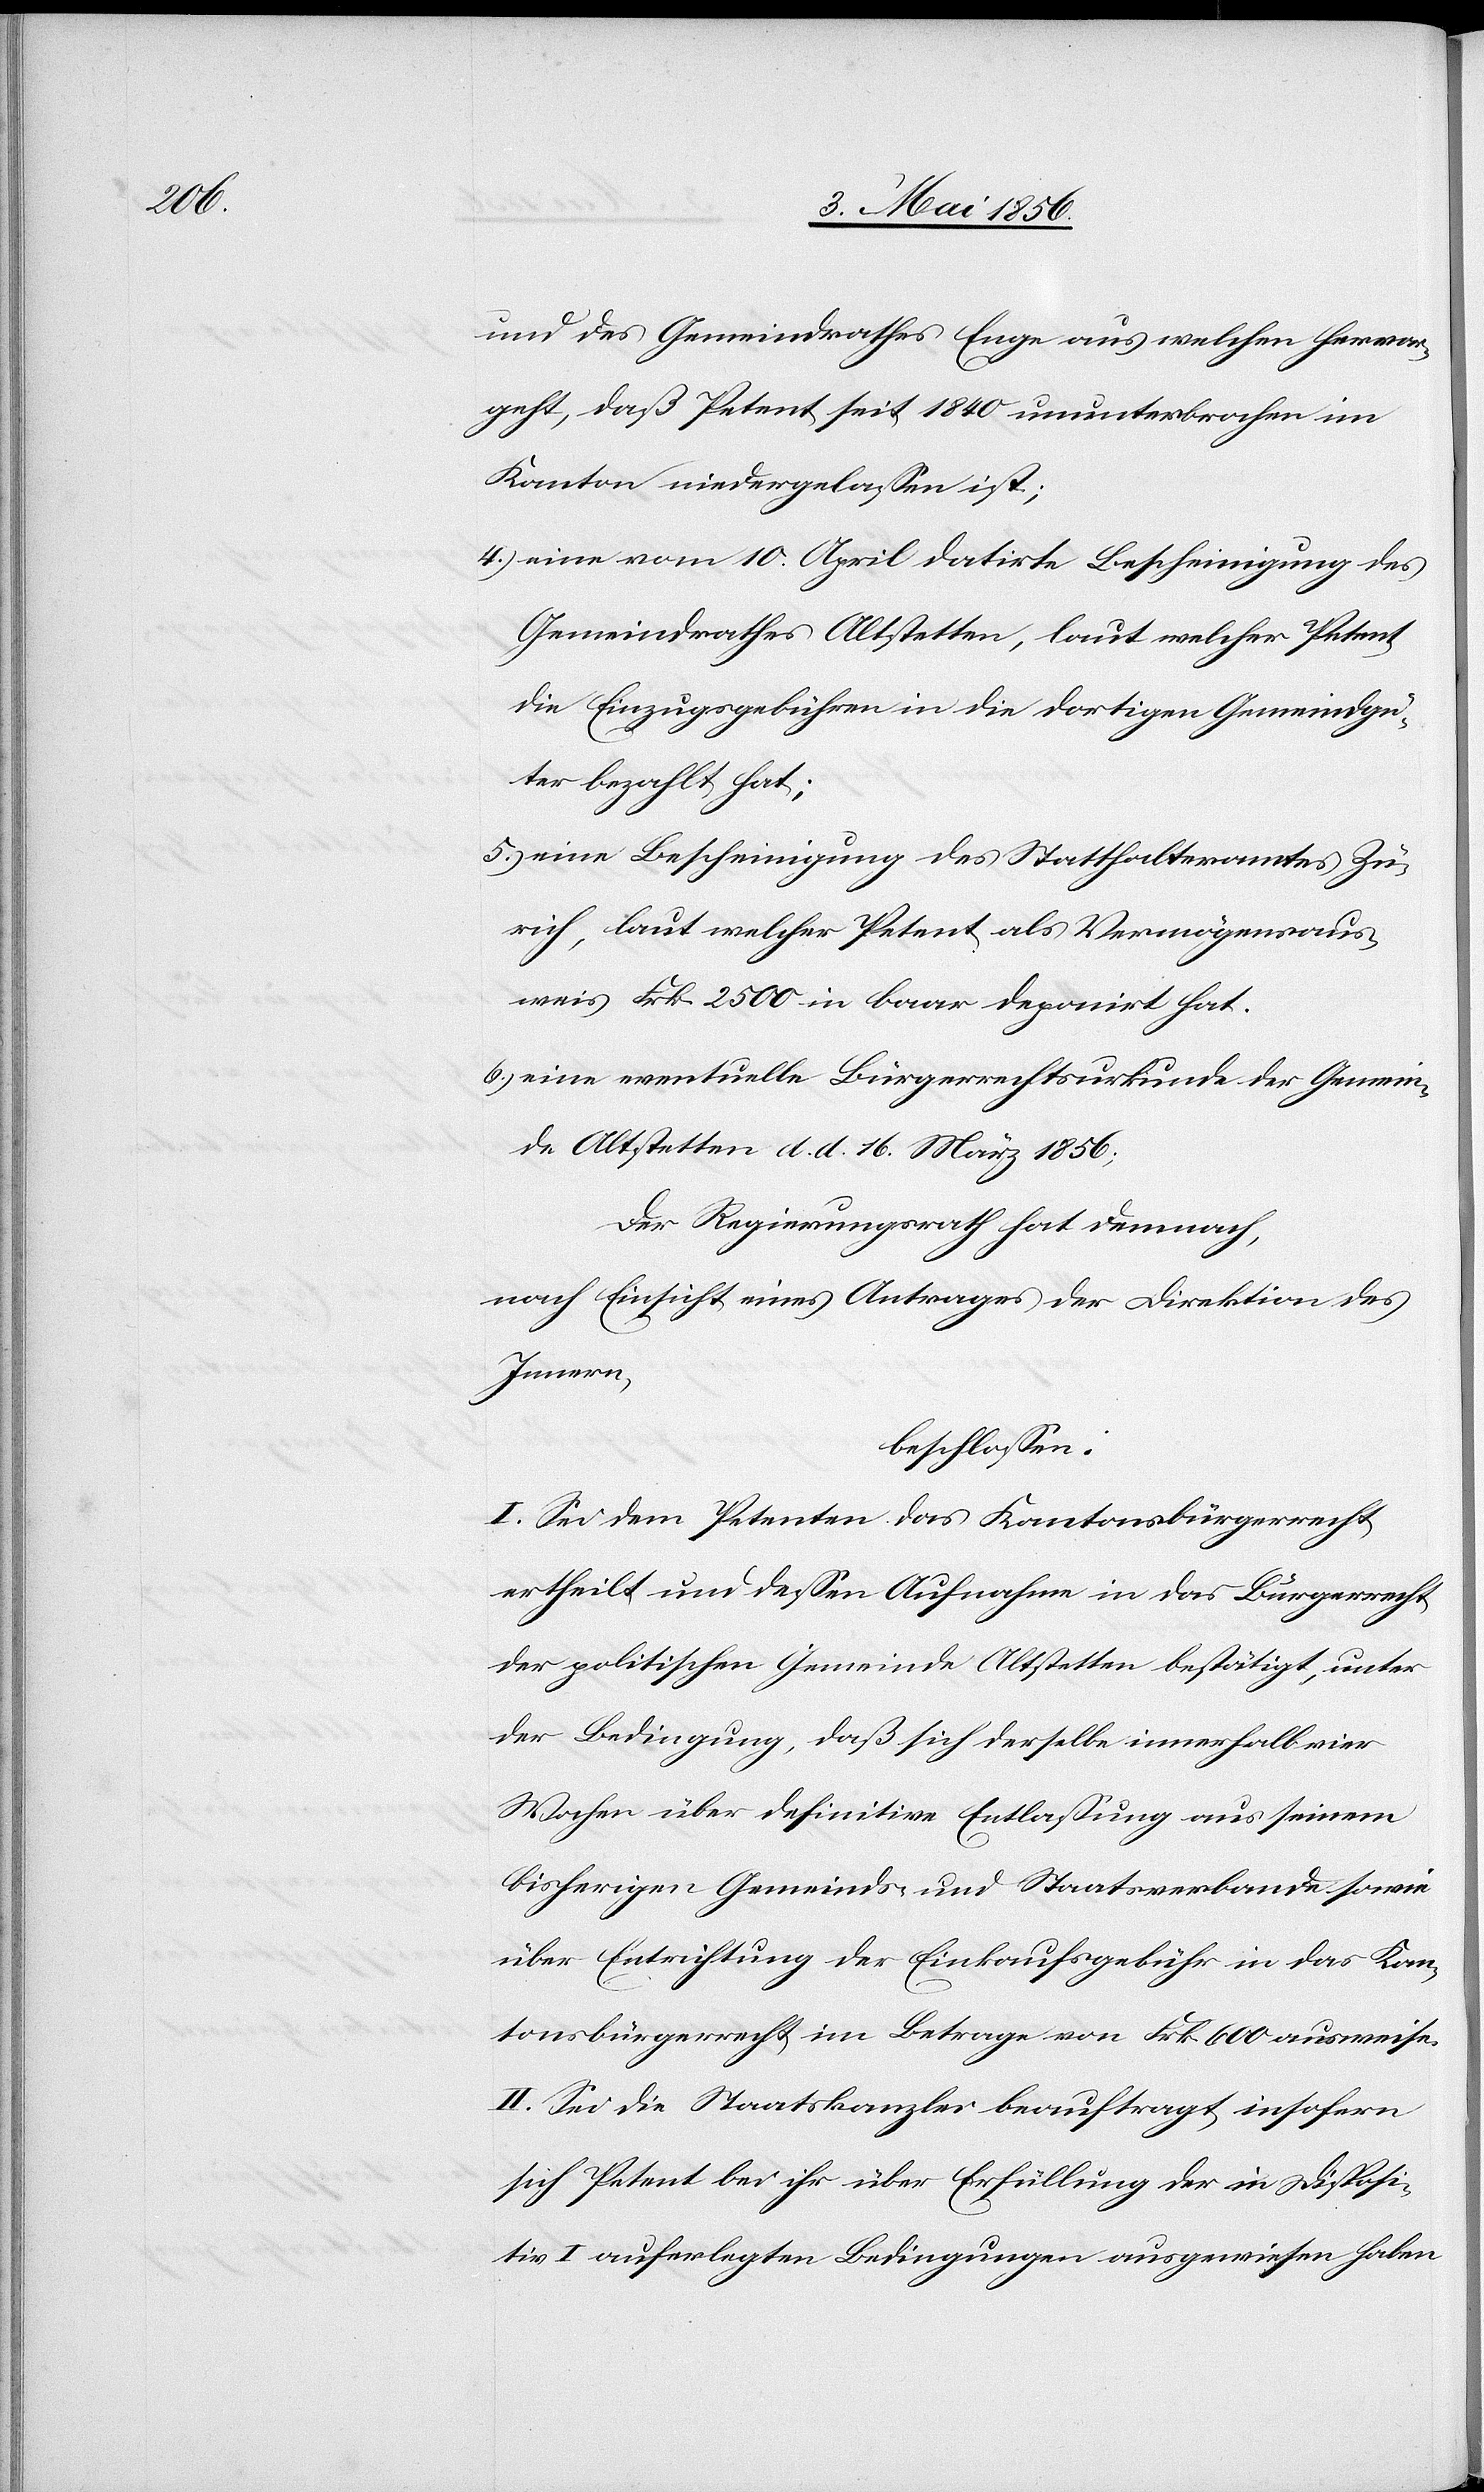
und des Gemeindrathes Enge aus welchen hervor¬
geht, daß Petent seit 1840 ununterbrochen im
Kanton niedergelassen ist;
4.) eine vom 10. April datirte Bescheinigung des
Gemeindrathes Altstetten, laut welcher Petent
die Einzugsgebühren in die dortigen Gemeindgü¬
ter bezahlt hat;
5.) eine Bescheinigung des Statthalteramtes Zü¬
rich, laut welcher Petent als Vermögensaus¬
weis Frk. 2500 in baar deponirt hat.
6.) eine eventuelle Bürgerrechtsurkunde der Gemein¬
de Altstetten d. d. 16. März 1856;
der Regierungsrath hat demnach,
nach Einsicht eines Antrages der Direktion des
Innern,
beschlossen:
I. Sei dem Petenten das Kantonsbürgerrecht
ertheilt und dessen Aufnahme in das Bürgerrecht
der politischen Gemeinde Altstetten bestätigt, unter
der Bedingung, daß sich derselbe innerhalb vier
Wochen über definitive Entlassung aus seinem
bisherigen Gemeinds- und Staatsverbande sowie
über Entrichtung der Einkaufsgebühr in das Kan¬
tonsbürgerrecht im Betrage von Frk. 600 ausweise.
II. Sei die Staatskanzlei beauftragt, insofern
sich Petent bei ihr über Erfüllung der in Disposi¬
tiv I. auferlegten Bedingungen ausgewiesen haben